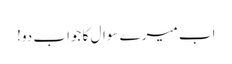
اب میرے سوال کا جواب دو!